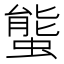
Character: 螚